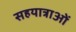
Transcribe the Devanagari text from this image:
सहयात्राओं